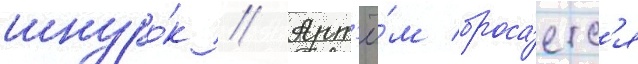
шнуро́к // Арт'ё́м броса́етс'я